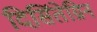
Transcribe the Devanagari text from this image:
दिसिंतेग्रिन